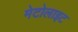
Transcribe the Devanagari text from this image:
मेटोलाइट